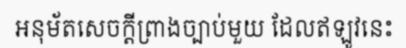
អនុម័តសេចក្តីព្រាងច្បាប់មួយ ដែលឥឡូវនេះ